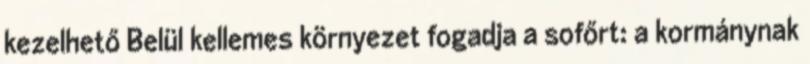
kezelhető Belül kellemes környezet fogadja a sofőrt: a kormánynak